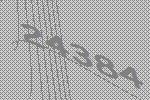
24384